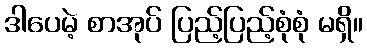
ဒါပေမဲ့ စာအုပ် ပြည့်ပြည့်စုံစုံ မရှိ။